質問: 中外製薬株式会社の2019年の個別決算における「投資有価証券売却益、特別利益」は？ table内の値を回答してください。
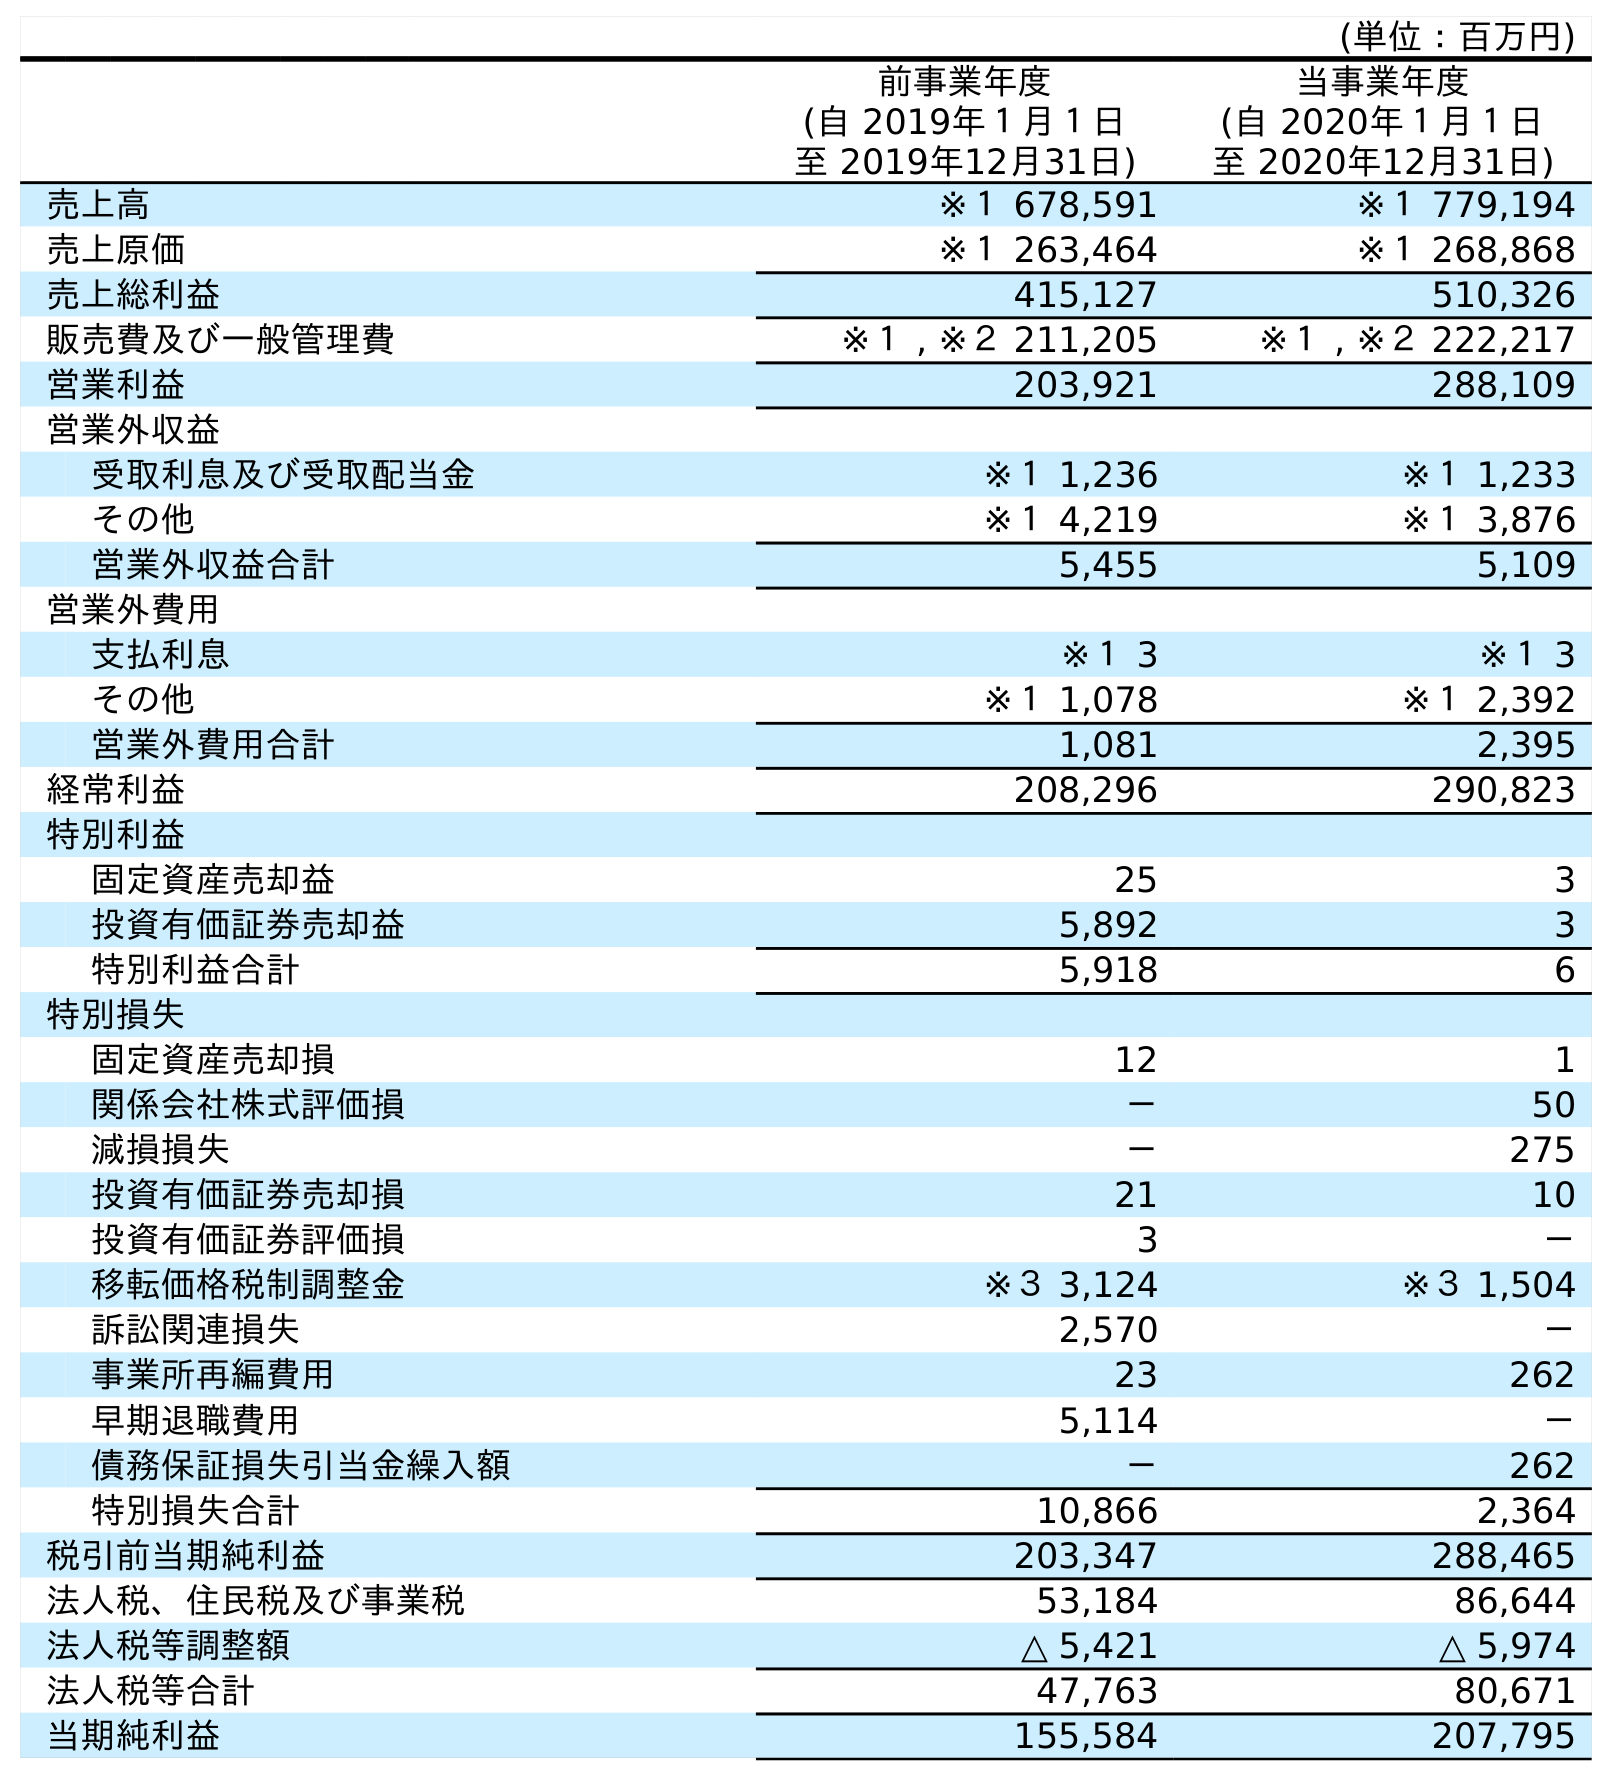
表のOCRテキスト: (単位：百万円) 前事業年度 (自 2019年１月１日 至 2019年12月31日) 当事業年度 (自 2020年１月１日 至 2020年12月31日) 売上高 ※１ 678,591 ※１ 779,194 売上原価 ※１ 263,464 ※１ 268,868 売上総利益 415,127 510,326 販売費及び一般管理費 ※１ , ※２ 211,205 ※１ , ※２ 222,217 営業利益 203,921 288,109 営業外収益 受取利息及び受取配当金 ※１ 1,236 ※１ 1,233 その他 ※１ 4,219 ※１ 3,876 営業外収益合計 5,455 5,109 営業外費用 支払利息 ※１ 3 ※１ 3 その他 ※１ 1,078 ※１ 2,392 営業外費用合計 1,081 2,395 経常利益 208,296 290,823 特別利益 固定資産売却益 25 3 投資有価証券売却益 5,892 3 特別利益合計 5,918 6 特別損失 固定資産売却損 12 1 関係会社株式評価損 － 50 減損損失 － 275 投資有価証券売却損 21 10 投資有価証券評価損 3 － 移転価格税制調整金 ※３ 3,124 ※３ 1,504 訴訟関連損失 2,570 － 事業所再編費用 23 262 早期退職費用 5,114 － 債務保証損失引当金繰入額 － 262 特別損失合計 10,866 2,364 税引前当期純利益 203,347 288,465 法人税、住民税及び事業税 53,184 86,644 法人税等調整額 △ 5,421 △ 5,974 法人税等合計 47,763 80,671 当期純利益 155,584 207,795
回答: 5,892